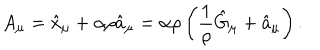
A _ { \mu } = \hat { x } _ { \mu } + \alpha \rho \hat { a } _ { \mu } = \alpha \rho \left( \frac { 1 } { \rho } \hat { G } _ { \mu } + \hat { a } _ { \mu } \right) .